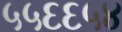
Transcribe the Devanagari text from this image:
५५६६५४